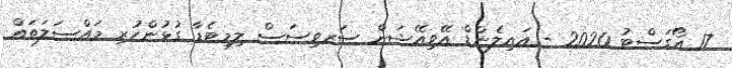
17 އޯގަސްޓު 2020 - އައިލެންޑް އޭވިއޭޝަން ސަރވިސަސް ލިމިޓެޑާ ގުޅުންހުރި މައްސަލަތައް